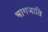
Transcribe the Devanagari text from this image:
भागजाति